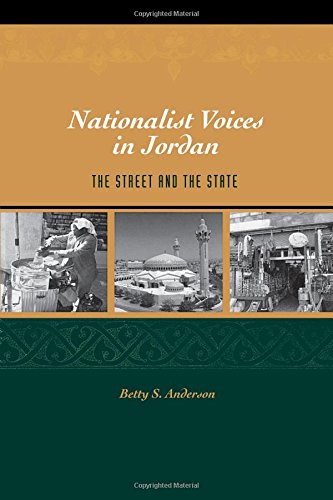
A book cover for Nationalist Voices in Jordan: The Street and the State; Betty S. Anderson; History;